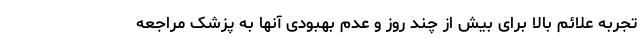
تجربه علائم بالا برای بیش از چند روز و عدم بهبودی آنها به پزشک مراجعه